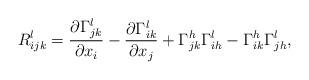
LaTeX: \begin{align*} R^{l}_{ijk} = \frac{\partial \Gamma^{l}_{jk}}{\partial x_i} - \frac{\partial \Gamma^{l}_{ik}}{\partial x_j} + \Gamma^{h}_{jk} \Gamma^{l}_{ih} - \Gamma^{h}_{ik} \Gamma^{l}_{jh},\end{align*}